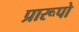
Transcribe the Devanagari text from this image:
प्रारूपो